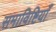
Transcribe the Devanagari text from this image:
समाविष्टियाँ